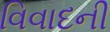
વિવાદની